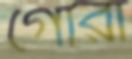
গোরা